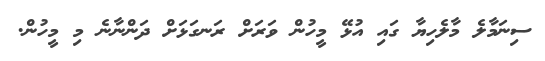
ސިނަމާލެ މާލެހިޔާ ގައި އުޅޭ މީހުން ވަރަށް ރަނގަޅަށް ދަންނާނެ މި މީހުން.